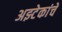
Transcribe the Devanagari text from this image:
अझ्टेकांचे